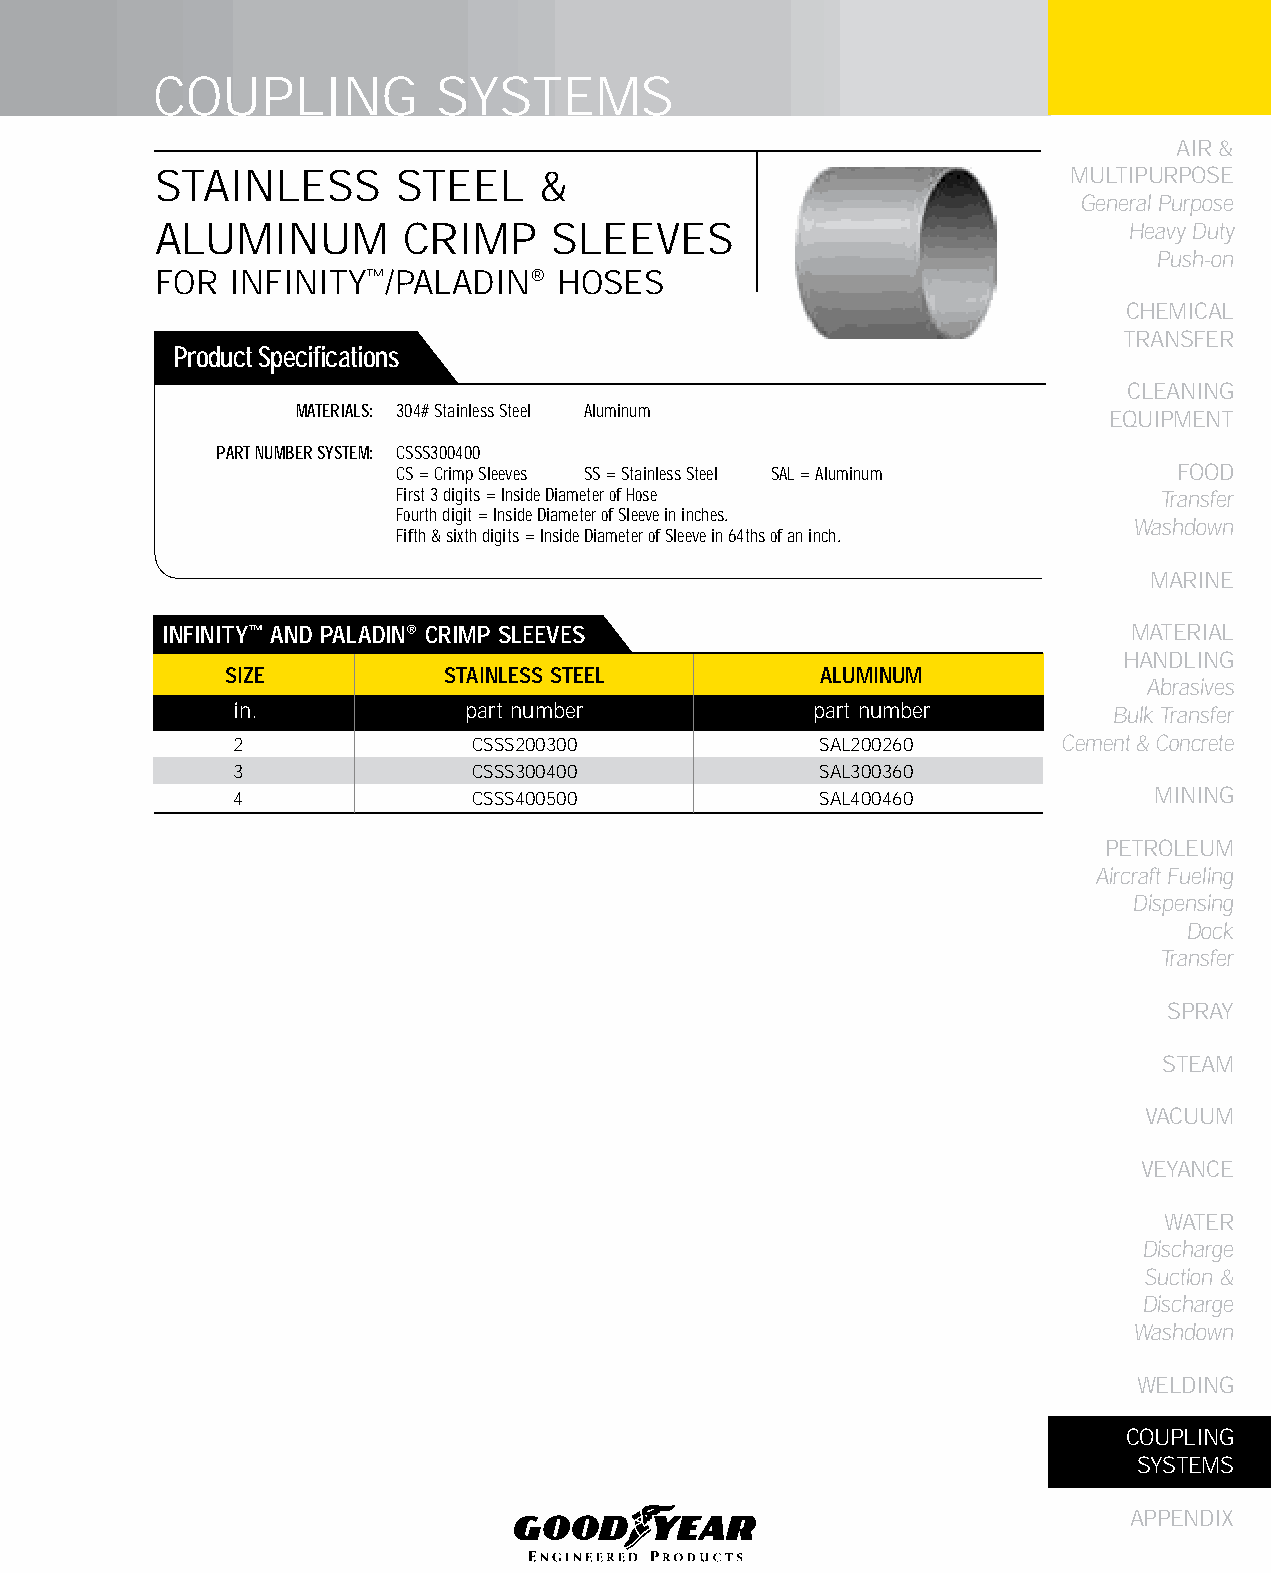
COUPLING           SYSTEMS
 AIR &
 STAINLESS       STEEL     &                                  MULTIPURPOSE
 General Purpose
 ALUMINUM         CRIMP     SLEEVES                               Heavy Duty
 Push-on
 FOR  INFINITY™/PALADIN®    HOSES
 CHEMICAL
 TRANSFER
 Product Specifications
 CLEANING
 MATERIALS: 304# Stainless Steel Aluminum
 EqUIPMENT
 PART NUMBER SYSTEM: CSSS300400
 CS = Crimp Sleeves SS = Stainless Steel SAL = Aluminum FOOD
 First 3 digits = Inside Diameter of Hose           Transfer
 Fourth digit = Inside Diameter of Sleeve in inches.
 Washdown
 Fifth & sixth digits = Inside Diameter of Sleeve in 64ths of an inch.
 MARINE
 INfINITy™ AND PALADIN® CRIMP SLEEVES                            MATERIAL
 HANDLING
 SIzE          STAINLESS STEEL          ALUMINUM
 Abrasives
 in.             part number            part number         Bulk Transfer
 2               CSSS200300             SAL200260       Cement & Concrete
 3               CSSS300400             SAL300360
 4               CSSS400500             SAL400460             MINING
 PETROLEUM
 Aircraft Fueling
 Dispensing
 Dock
 Transfer
 SPRAY
 STEAM
 VACUUM
 VEYANCE
 WATER
 Discharge
 Suction &
 Discharge
 Washdown
 WELDING
 COUPLING
 SYSTEMS
 APPENDIX
 261